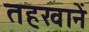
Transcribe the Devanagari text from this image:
तहखानें